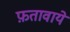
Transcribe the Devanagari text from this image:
फ़तावाये